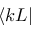
\langle k L |